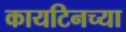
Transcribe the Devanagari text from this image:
कायटिनच्या